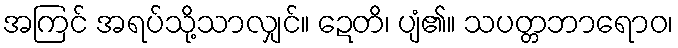
အကြင် အရပ်သို့သာလျှင်။ ဍေတိ၊ ပျံ၏။ သပတ္တဘာရောဝ၊